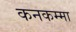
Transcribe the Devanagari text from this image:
कनकम्मा